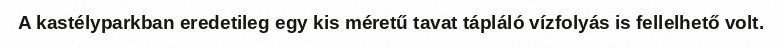
A kastélyparkban eredetileg egy kis méretű tavat tápláló vízfolyás is fellelhető volt.